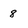
Character: 8